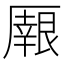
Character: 𠪼